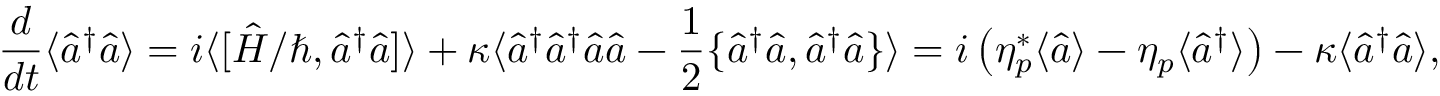
\frac { d } { d t } \langle \hat { a } ^ { \dagger } \hat { a } \rangle = i \langle [ \hat { H } / \hbar , \hat { a } ^ { \dagger } \hat { a } ] \rangle + \kappa \langle \hat { a } ^ { \dagger } \hat { a } ^ { \dagger } \hat { a } \hat { a } - \frac { 1 } { 2 } \{ \hat { a } ^ { \dagger } \hat { a } , \hat { a } ^ { \dagger } \hat { a } \} \rangle = i \left( \eta _ { p } ^ { * } \langle \hat { a } \rangle - \eta _ { p } \langle \hat { a } ^ { \dagger } \rangle \right) - \kappa \langle \hat { a } ^ { \dagger } \hat { a } \rangle ,